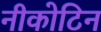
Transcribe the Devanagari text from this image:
नीकोटिन